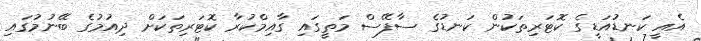
އެއީ ކަނޑުއަޑީގެ ކޮޓަރިތަކުން ކަނޑުގެ ސާފޭސް މަތީގައި ގާއިމްކުރާ ކޮޓަރިތަކަށް ދިއުމުގެ ބޭނުމުގައި